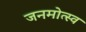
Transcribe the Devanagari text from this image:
जनमोत्स्व